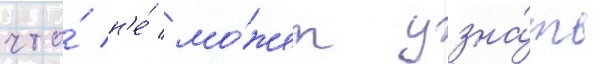
что́ н'е́ мо́жет узна́ть